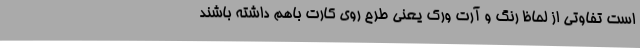
است تفاوتی از لحاظ رنگ و آرت ورک یعنی طرح روی کارت باهم داشته باشند